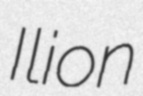
Ilion